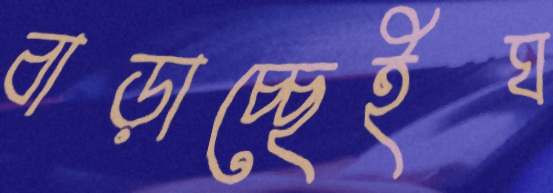
বাড়াচ্ছেইঘ